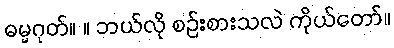
ဓမ္မဂုတ်။ ။ ဘယ်လို စဉ်းစားသလဲ ကိုယ်တော်။